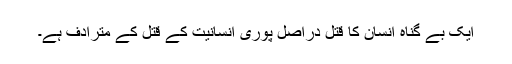
ایک بے گناہ انسان کا قتل دراصل پوری انسانیت کے قتل کے مترادف ہے۔